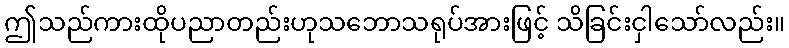
ဤသည်ကားထိုပညာတည်းဟုသဘောသရုပ်အားဖြင့် သိခြင်းငှါသော်လည်း။